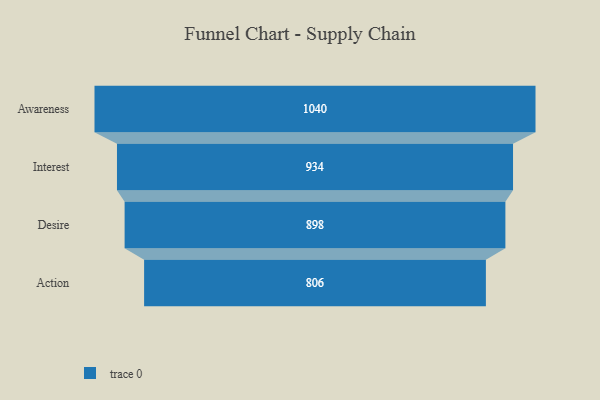
{"axis": {"x": "Stage", "y": "Value"}, "legend": [""], "data": [{"x": "Awareness", "y": 1040.0, "type": ""}, {"x": "Interest", "y": 934.0, "type": ""}, {"x": "Desire", "y": 898.0, "type": ""}, {"x": "Action", "y": 806.0, "type": ""}]}